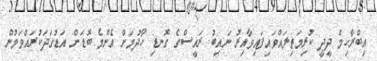
އިބްރާހިމް ދީދީ ކުރިމަތިލައްވައިފައިވާއިރު ނައިބު ރައީސްގެ ގޮނޑި ހޯދުމަށް އެންމެ ބޮޑަށް އަޑުގަދަކުރައްވަމުން